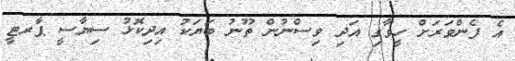
އެ ފެންވަރަށް ހީވާގި އަދި ވިސްނުން ތޫނު ބަޔަކު އިދިކޮޅު ސިޔާސީ ޕާރޓީ